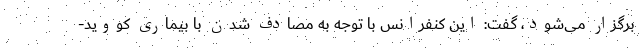
برگزار می‌شود، گفت: این کنفرانس با توجه به مصادف شدن با بیماری کووید-